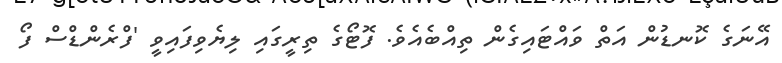
އޭނަގެ ކޮނޑުން އަތް ވައްޓައިގެން ތިއްބެއެވެ. ފޮޓޯގެ ތިރީގައި ލިޔެވިފައިވީ 'ފްރެންޑްސް ފޯ